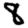
Digit: 8